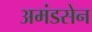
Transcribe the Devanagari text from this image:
अमंडसेन